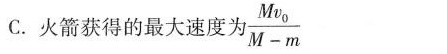
C.火箭获得的最大速度为 $$\frac{Mv_{0}}{M-m}$$